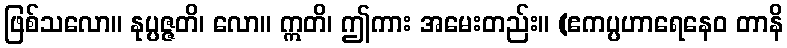
ဖြစ်သလော။ နုပ္ပဇ္ဇတိ၊ လော။ ဣတိ၊ ဤကား အမေးတည်း။ (ဧကပ္ပဟာရေနေဝ တာနိ